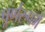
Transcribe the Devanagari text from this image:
पूर्णरुपमे